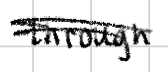
Text: through
Cross-out: double-line
Writing tool: digital_black